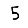
Digit: 5